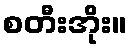
စတီးအိုး။